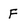
Character: F